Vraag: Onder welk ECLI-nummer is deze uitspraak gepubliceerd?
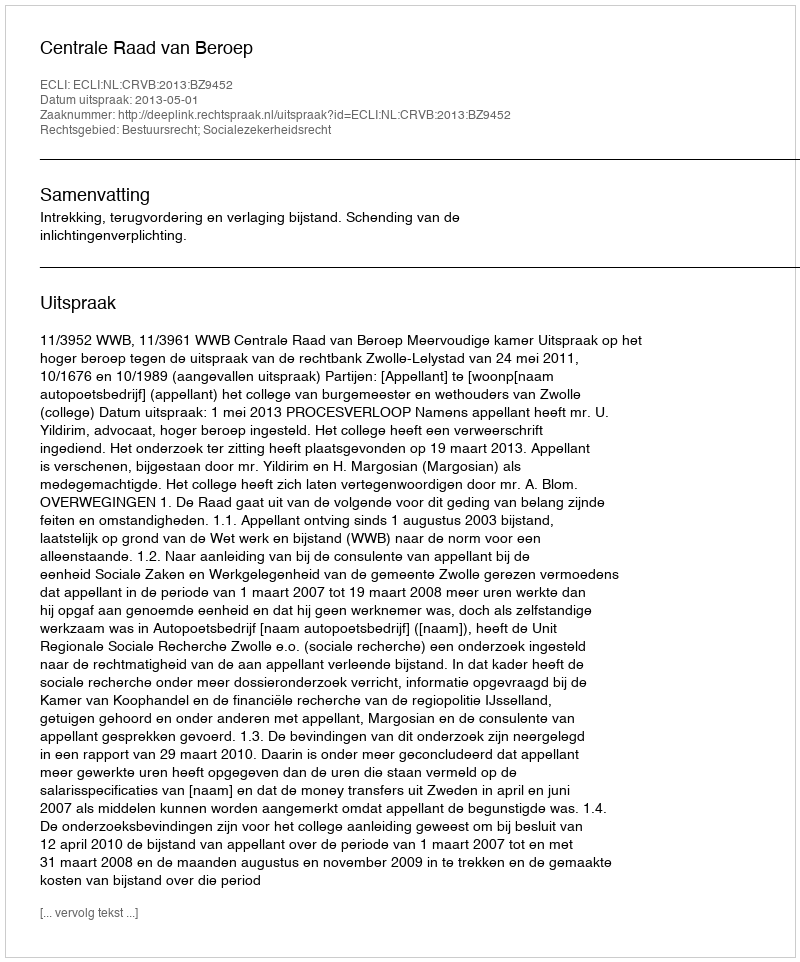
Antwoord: ECLI:NL:CRVB:2013:BZ9452